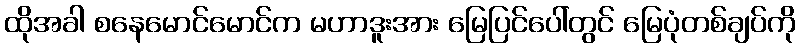
ထိုအခါ စနေမောင်မောင်က မဟာဒူးအား မြေပြင်ပေါ်တွင် မြေပုံတစ်ချပ်ကို